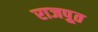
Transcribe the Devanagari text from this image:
राजपूुत